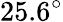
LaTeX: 25.6^{\circ}